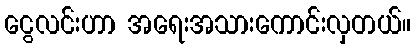
ငွေလင်းဟာ အရေးအသားကောင်းလှတယ်။